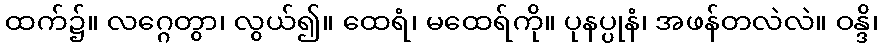
ထက်၌။ လဂ္ဂေတွာ၊ လွယ်၍။ ထေရံ၊ မထေရ်ကို။ ပုနပ္ပုနံ၊ အဖန်တလဲလဲ။ ဝန္ဒိ၊